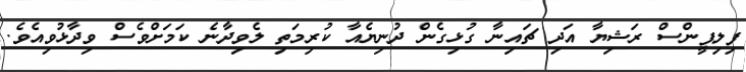
ފިލިޕީންސް ރަޝިޔާ އަދި ޗައިނާ ގުޅިގެން ދުނިޔެއާ ކުރިމަތި ލެވިދާނެ ކަމަށްވެސް ވިދާޅުވިއެވެ.